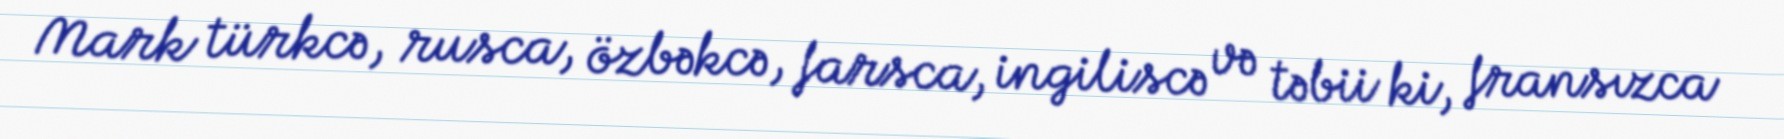
Mark türkcə, rusca, özbəkcə, farsca, ingiliscə və təbii ki, fransızca